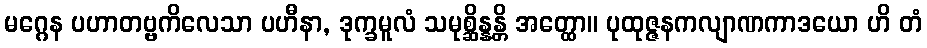
မဂ္ဂေန ပဟာတဗ္ဗကိလေသာ ပဟီနာ, ဒုက္ခမူလံ သမုစ္ဆိန္နန္တိ အတ္ထော။ ပုထုဇ္ဇနကလျာဏကာဒယော ဟိ တံ